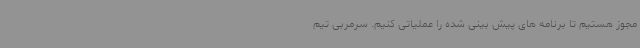
مجوز هستیم تا برنامه های پیش بینی شده را عملیاتی کنیم. سرمربی تیم